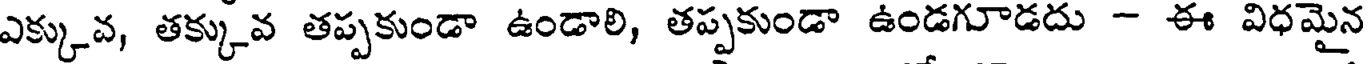
ఎక్కువ, తక్కువ తప్పకుండా ఉండాలి, తప్పకుండా ఉండగూడదు - ఈ విధమైన